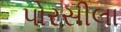
પોરસીલા